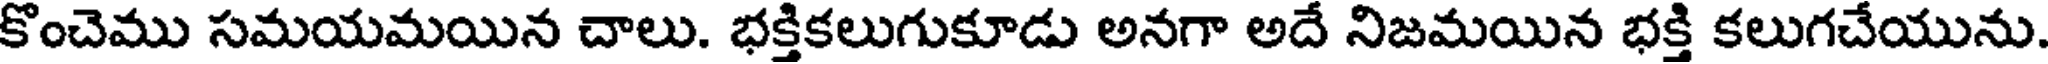
కొంచెము సమయమయిన చాలు. భక్తికలుగుకూడు అనగా అదే నిజమయిన భక్తి కలుగచేయును.